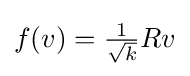
{\textstyle f(v)={\frac {1}{\sqrt {k}}}Rv}